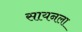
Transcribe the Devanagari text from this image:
सायनला